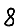
Digit: 8